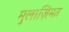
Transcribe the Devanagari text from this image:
मुलाज़िमत